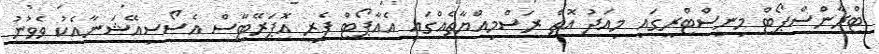
ޓްރާންސްޕޯޓް މިނިސްޓްރީގައި މިއަދު އޮތް ރަސްމިއްޔާތެއްގައި އެއާޕޯޓް ފެރީ އޮޕަރޭޓާސް އެސޯސިއޭޝަނާއެކު ވެވުނު